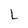
Character: L